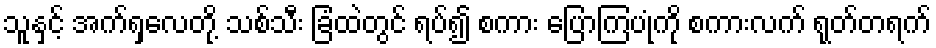
သူနှင့် အက်ရှလေတို့ သစ်သီး ခြံထဲတွင် ရပ်၍ စကား ပြောကြပုံကို စကားလက် ရုတ်တရက်